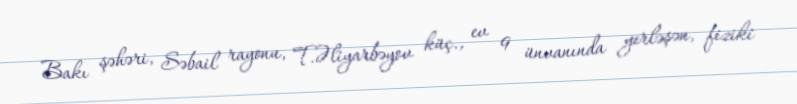
Bakı şəhəri, Səbail rayonu, T.Əliyarbəyov küç., ev 9 ünvanında yerləşən, fiziki